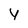
Character: y